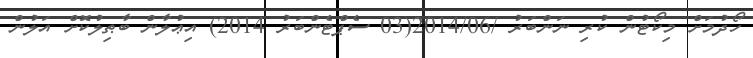
ހޯދުމަށް މިކޯޓުން ކުރި ނަންބަރު /2014/06(03 ސެޕްޓެންބަރު 2014) އިޢުލާން ބާޠިލުކޮށް އަލުން